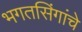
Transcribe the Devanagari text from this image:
भगतसिंगांचे